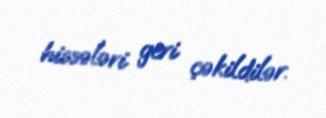
hissələri geri çəkildilər.